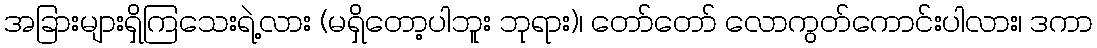
အခြားများရှိကြသေးရဲ့လား (မရှိတော့ပါဘူး ဘုရား)၊ တော်တော် လောကွတ်ကောင်းပါလား၊ ဒကာ